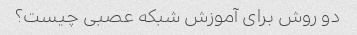
دو روش برای آموزش شبکه عصبی چیست؟